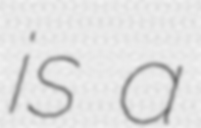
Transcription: is a